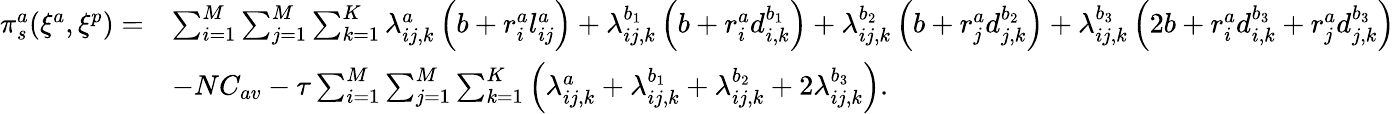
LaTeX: \begin{array}{rl}{\pi_{s}^{a}(\xi^{a},\xi^{p})=}&{\sum_{i=1}^{M}\sum_{j=1}^{M}\sum_{k=1}^{K}\lambda_{ij,k}^{a}\left(b+r_{i}^{a}l_{ij}^{a}\right)+\lambda_{ij,k}^{b_{1}}\left(b+r_{i}^{a}d_{i,k}^{b_{1}}\right)+\lambda_{ij,k}^{b_{2}}\left(b+r_{j}^{a}d_{j,k}^{b_{2}}\right)+\lambda_{ij,k}^{b_{3}}\left(2b+r_{i}^{a}d_{i,k}^{b_{3}}+r_{j}^{a}d_{j,k}^{b_{3}}\right)}\\ &{-NC_{av}-\tau\sum_{i=1}^{M}\sum_{j=1}^{M}\sum_{k=1}^{K}\left(\lambda_{ij,k}^{a}+\lambda_{ij,k}^{b_{1}}+\lambda_{ij,k}^{b_{2}}+2\lambda_{ij,k}^{b_{3}}\right).}\end{array}